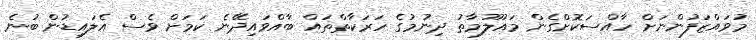
މުވައްޒަފުންނަށް ހާއްސަކޮށްގެން މައުލޫމާތު ދިނުމުގެ ހަރަކާތްތައް ބާއްވައިދޭނެ ކަމަށް ވެސް އެލައިޑުން ބުނެ